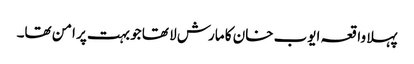
پہلا واقعہ ایوب خان کا مارش لا تھا جو بہت پر امن تھا۔